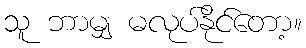
သူ ဘာမျှ မလုပ်နိုင်တော့။